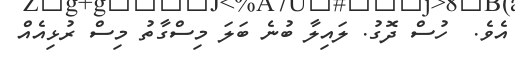
އެވެ.  ހުސް ދޮގު. ލައިލާ ބުނެ ބަލަ މިސްގާތު މިސް ރުޅިއެއް